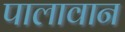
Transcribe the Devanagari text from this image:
पालावान